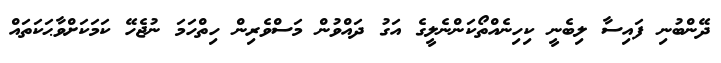
ދޭންބުނި ފައިސާ ލިބެނީ ކިހިނެއްތޯކަންނެލީގެ އަގު ދައްވުން މަސްވެރިން ހިތްހަމަ ނުޖެހޭ ކަމަކަށްވާޙަކަތައް